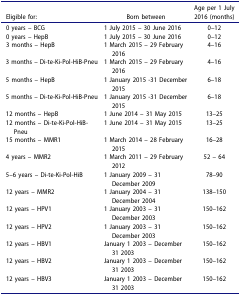
| Eligible for: | Born between | Age per 1 July 2016 (months) |
 | --- | --- | --- |
 | 0 years – BCG | 1 July 2015 – 30 June 2016 | 0–12 |
 | 0 years – HepB | 1 July 2015 – 30 June 2016 | 0–12 |
 | 3 months – HepB | 1 March 2015 – 29 February 2016 | 4–16 |
 | 3 months – Di-te-Ki-Pol-HiB-Pneu | 1 March 2015 – 29 February 2016 | 4–16 |
 | 5 months – HepB | 1 January 2015 -31 December 2015 | 6–18 |
 | 5 months – Di-te-Ki-Pol-HiB-Pneu | 1 January 2015 -31 December 2015 | 6–18 |
 | 12 months – HepB | 1 June 2014 – 31 May 2015 | 13–25 |
 | 12 months – Di-te-Ki-Pol-HiB-Pneu | 1 June 2014 – 31 May 2015 | 13–25 |
 | 15 months – MMR1 | 1 March 2014 – 28 February 2015 | 16–28 |
 | 4 years – MMR2 | 1 March 2011 – 29 February 2012 | 52 – 64 |
 | 5–6 years – Di-te-Ki-Pol-HiB | 1 January 2009 – 31 December 2009 | 78–90 |
 | 12 years – MMR2 | 1 January 2004 – 31 December 2004 | 138–150 |
 | 12 years – HPV1 | 1 January 2003 – 31 December 2003 | 150–162 |
 | 12 years – HPV2 | 1 January 2003 – 31 December 2003 | 150–162 |
 | 12 years – HBV1 | January 1 2003 – December 31 2003 | 150–162 |
 | 12 years – HBV2 | January 1 2003 – December 31 2003 | 150–162 |
 | 12 years – HBV3 | January 1 2003 – December 31 2003 | 150–162 |